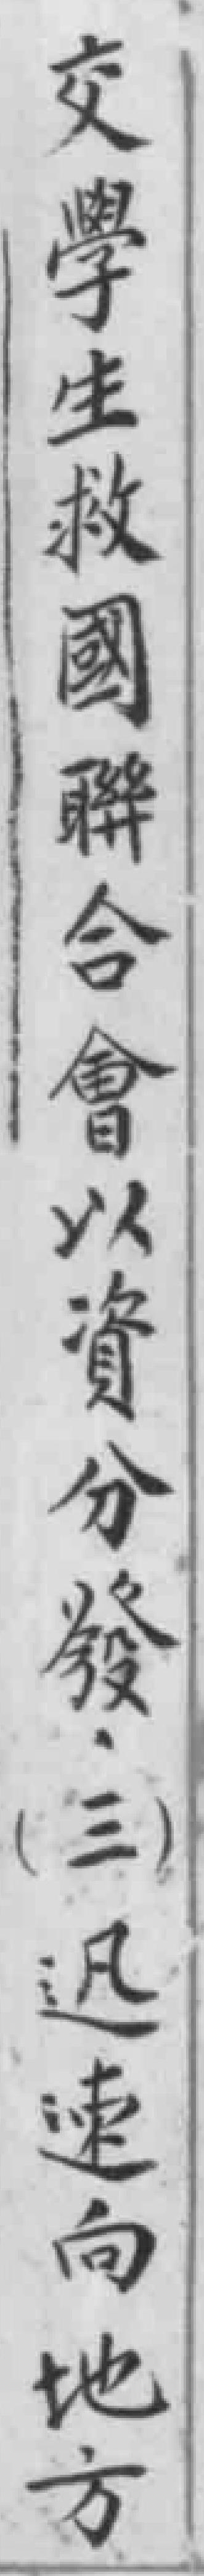
交学生救國聯合會以資分發（三）迅速向地方